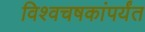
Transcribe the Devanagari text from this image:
विश्वचषकांपर्यंत